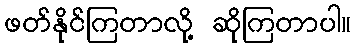
ဖတ်နိုင်ကြတာလို့ ဆိုကြတာပါ။